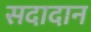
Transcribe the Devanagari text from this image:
सदादान